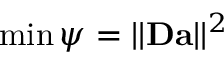
\operatorname* { m i n } \psi = | | \mathbf { D } \mathbf { a } | | ^ { 2 }